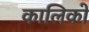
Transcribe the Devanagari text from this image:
कालिको